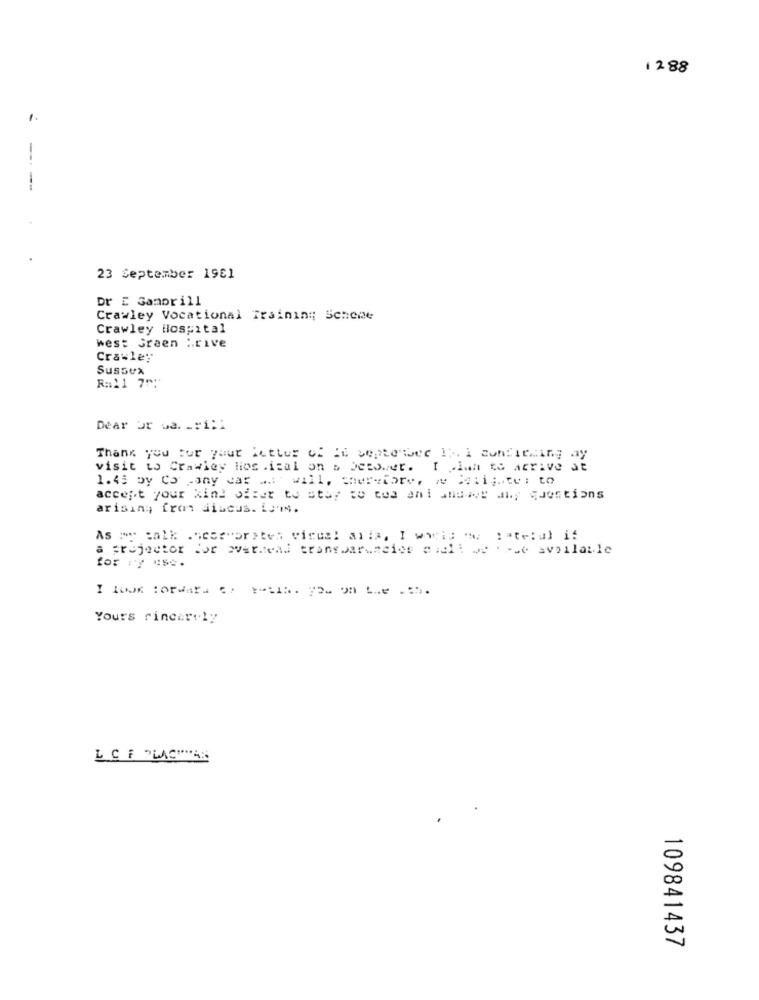
12 88
1.
--
23 September 1981
Dr E Gamprill
Crawley Vocational Training Schene
Crawley Hospital
west Green :. rive
Crawley
Sussex
Ra21 7""
Dear Jr wa. _: 1:1
Thank you for your icttur of ii september 1 ;. i confiezing ay
visit to Crawley los .ical on s Setover. I .ian to arrive at
1.45 by Co ,ony car M.i will, therefore, ~ * cii ;.. te: to
accept your kind offer to stay ce coa ani shdies any questions
arising from discus. Lui.
As a walk .sespoorstes visual alix, I works ow catetal is
a projector for overhead transparencies a ich: we . - se available
for ry ese.
Your's rincer-1y
LC F PLACHMAR
109841437